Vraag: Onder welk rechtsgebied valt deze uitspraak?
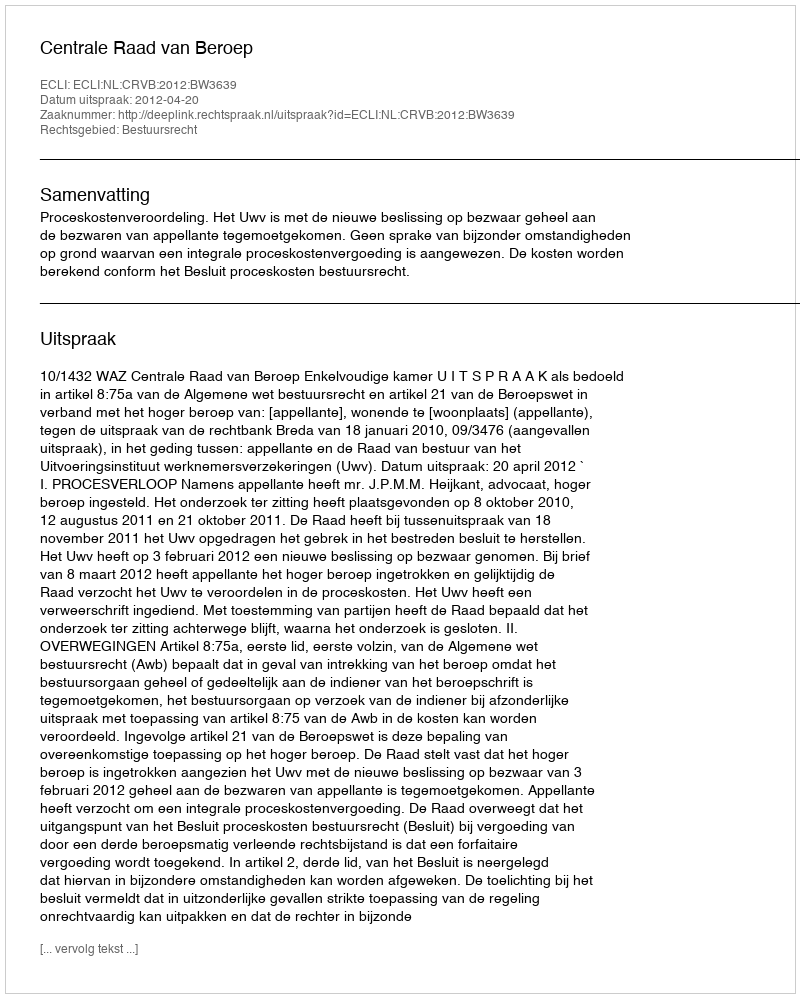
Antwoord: Bestuursrecht